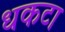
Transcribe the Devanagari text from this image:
धकटा